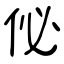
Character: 佖